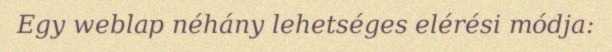
Egy weblap néhány lehetséges elérési módja: